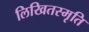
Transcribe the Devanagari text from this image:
लिखितस्मृति